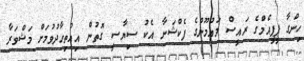
ހިންގާ ޕީޕީއެމްގެ ރައީސް މައުމޫންގެ ފެކްޝަނާ އެކު ސިޔާސީ ގޮތުން އިއްތިހާދުވުމަށް މަޝްވަރާ